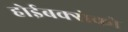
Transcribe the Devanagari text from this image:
होईबक्सेको